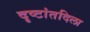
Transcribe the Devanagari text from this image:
दृष्टांतदिला